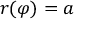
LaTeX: r ( \varphi ) = a